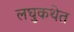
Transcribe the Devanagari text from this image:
लघुकथेत